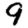
Digit: 9